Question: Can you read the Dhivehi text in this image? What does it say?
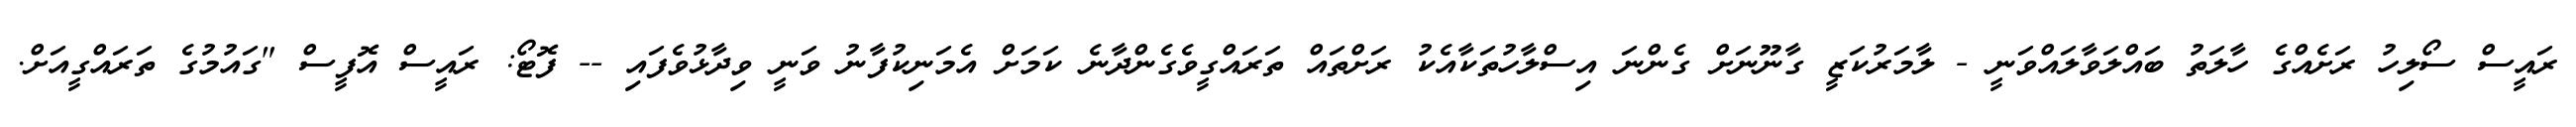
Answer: ރައީސް ސޯލިހު ރަށެއްގެ ހާލަތު ބައްލަވާލައްވަނީ - ލާމަރުކަޒީ ގާނޫނަށް ގެންނަ އިސްލާހުތަކާއެކު ރަށްތައް ތަރައްގީވެގެންދާނެ ކަމަށް އެމަނިކުފާނު ވަނީ ވިދާޅުވެފައި -- ފޮޓޯ: ރައީސް އޮފީސް "ގައުމުގެ ތަރައްގީއަށް.